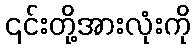
၎င်းတို့အားလုံးကို